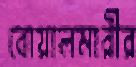
বোয়ালমারীর